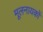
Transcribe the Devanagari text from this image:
मूलनायकों